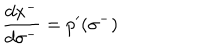
LaTeX: \: \frac { d x ^ { - } } { d \sigma ^ { - } } = p ^ { \prime } ( \sigma ^ { - } ) \: